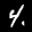
Label: 4